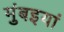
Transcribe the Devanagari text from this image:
मुंबइयां